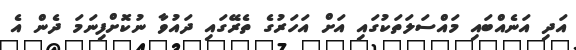
އަދި އަނެއްބައި މައްސަލަތަކުގައި އަށް އަހަރުގެ ތެރޭގައި ދައުވާ ނުކޮށްފިނަމަ ދެން އެ